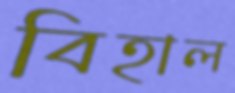
বিহাল